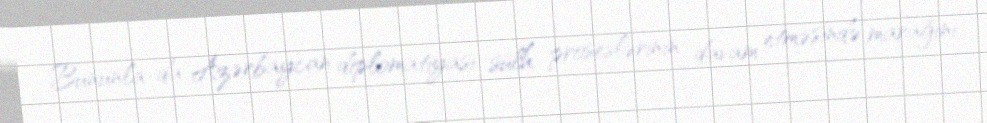
Bununla da Azərbaycan diplomatiyası sülh proseslərinin davam etməsində marağını